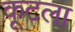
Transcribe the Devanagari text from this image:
कूटला